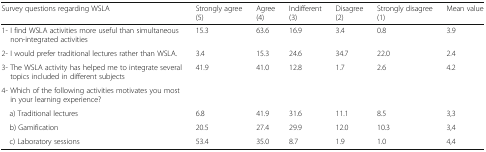
<table><thead><tr><td><b>Survey questions regarding WSLA</b></td><td><b>Strongly agree (5)</b></td><td><b>Agree (4)</b></td><td><b>Indifferent (3)</b></td><td><b>Disagree (2)</b></td><td><b>Strongly disagree (1)</b></td><td><b>Mean value</b></td></tr></thead><tbody><tr><td>1- I find WSLA activities more useful than simultaneous non-integrated activities</td><td>15.3</td><td>63.6</td><td>16.9</td><td>3.4</td><td>0.8</td><td>3.9</td></tr><tr><td>2- I would prefer traditional lectures rather than WSLA.</td><td>3.4</td><td>15.3</td><td>24.6</td><td>34.7</td><td>22.0</td><td>2.4</td></tr><tr><td>3- The WSLA activity has helped me to integrate several topics included in different subjects</td><td>41.9</td><td>41.0</td><td>12.8</td><td>1.7</td><td>2.6</td><td>4.2</td></tr><tr><td>4- Which of the following activities motivates you most in your learning experience?</td><td></td><td></td><td></td><td></td><td></td><td></td></tr><tr><td> a) Traditional lectures</td><td>6.8</td><td>41.9</td><td>31.6</td><td>11.1</td><td>8.5</td><td>3,3</td></tr><tr><td> b) Gamification</td><td>20.5</td><td>27.4</td><td>29.9</td><td>12.0</td><td>10.3</td><td>3,4</td></tr><tr><td> c) Laboratory sessions</td><td>53.4</td><td>35.0</td><td>8.7</td><td>1.9</td><td>1.0</td><td>4,4</td></tr></tbody></table>